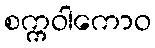
စက္ကဝါကောဝ